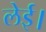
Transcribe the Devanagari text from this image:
लेई।